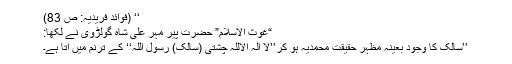
‘‘ (فوائدِ فریدیہ: ص 83)
“غوث الاسلام” حضرت پیر مہر علی شاہ گولڑوی نے لکھا:
’’سالک کا وجود بعینہ مظہر حقیقت محمدیہؐ ہو کر’’لا الہ الاللہ چشتی (سالک) رسول اللہ‘‘ کے ترنم میں آتا ہے۔